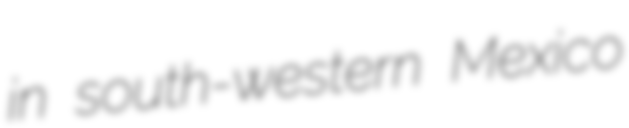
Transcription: in south-western Mexico